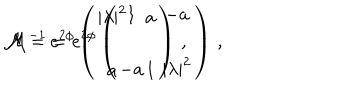
{ \cal M } = e ^ { 2 \phi } \left( \begin{array} { c c } { { | \lambda | ^ { 2 } } } & { { a } } \\ { { } } & { { } } \\ { { a } } & { { 1 } } \\ \end{array} \right) \, , \hspace { 1 c m } { \cal M } ^ { - 1 } = e ^ { 2 \phi } \left( \begin{array} { c c } { { 1 } } & { { - a } } \\ { { } } & { { } } \\ { { - a } } & { { | \lambda | ^ { 2 } } } \\ \end{array} \right) \, ,